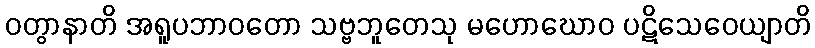
ဝတွာနာတိ အရူပဘာဝတော သဗ္ဗဘူတေသု မဟောဃောဝ ပဋိသေဝေယျာတိ